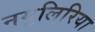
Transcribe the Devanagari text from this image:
नमुलिरिया